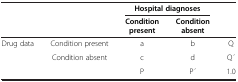
|  |  | <COLSPAN=2> Hospital diagnoses |  |
 |  |  | Condition present | Condition absent |  |
 | --- | --- | --- | --- | --- |
 | <ROWSPAN=2> Drug data | Condition present | a | b | Q |
 | Condition absent | c | d | Q ́ |
 |  |  | P | P ́ | 1.0 |